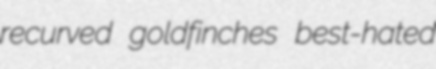
recurved goldfinches best-hated